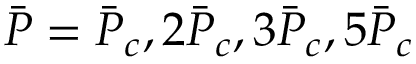
\Bar { P } = \Bar { P } _ { c } , 2 \Bar { P } _ { c } , 3 \Bar { P } _ { c } , 5 \Bar { P } _ { c }